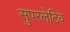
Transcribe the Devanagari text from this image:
सुपरलेटिव